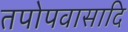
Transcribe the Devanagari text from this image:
तपोपवासादि